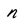
Character: n